Indian journal of veterinary science and animal husbandry - Volume 14,
Year: 1944
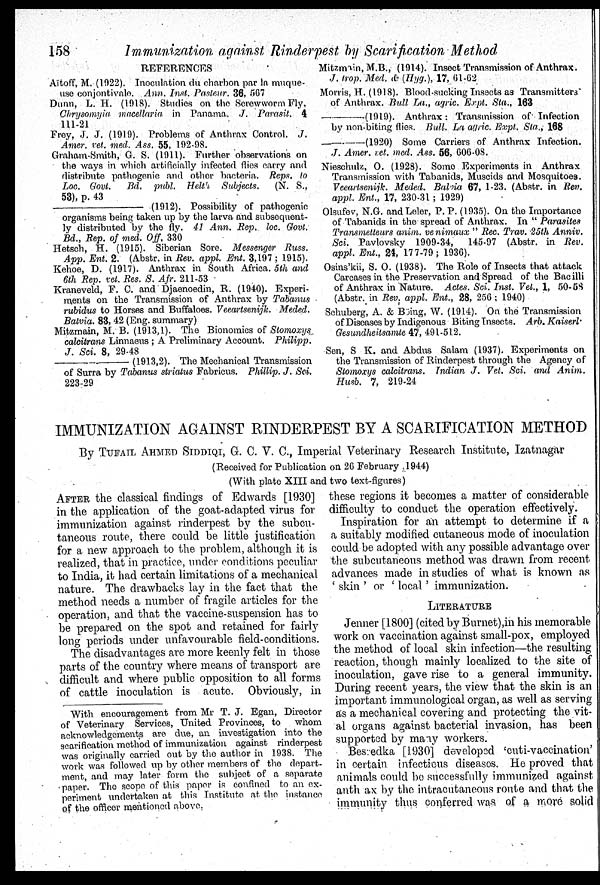
158
Immunization against Rinderpest by Scarification Method
REFERENCES
Aïtoff, M. (1922). Inoculation du charbon par la muque-
use conjontivale. Ann. Inst. Pasteur. 36, 567
Dunn, L. H. (1918). Studies on the Serewworm Fly,
Chrysomyia macellaria in Panama. J. Parasit. 4
111-21
Frey, J. J. (1919). Problems of Anthrax Control. J.
Amer. vet. med. Ass. 55, 192-98.
Graham-Smith, G. S. (1911). Further observations on
the ways in which artificially infected flies carry and
distribute pathogenic and other bacteria. Reps. to
Loc. Govt. Bd. publ. Helt' Subjects. (N. S.,
53), p. 43
——
(1912). Possibility of pathogenic,
organisms being taken up by the larva and subsequent-
ly distributed by the fly. 41 Ann. Rep. loc. Govt.
Bd., Rep. of med. Off, 330
Hetsch, H. (1915). Siberian Sore. Messenger Russ.
App. Ent. 2. (Abstr. in Rev. appl. Ent. 3,197; 1915).
Kehoe, D. (1917). Anthrax in South Africa. 5th and
6th Rep. vet. Res. S. Afr. 211-53
Kraneveld, F. C. and Djaenoedin, R. (1940). Experi-
ments on the Transmission of Anthrax by Tabanus
rubidus to Horses and Buffaloes. Veeartsenijk. Meded.
Batvia. 83, 42 (Eng. summary)
Mitzmain, M. B. (1913,1). The Bionomics of Stomoxys
calcitrans Linnaeus; A Preliminary Account. Philipp.
J. Sci. 8, 29-48
————
(1913,2). The Mechanical Transmission
of Surra by Tabanus striatus Fabricus. Phillip. J. Sci.
223-29
Mitzmain, M.B., (1914). Insect Transmission of Anthrax.
J. trop. Med. & (Hyg.), 17, 61-62
Morris, H. (1918). Blood-sucking Insects as Transmitters
of Anthrax. Bull La., agric. Expt. Sta., 163
———— (1919). Anthrax: Transmission of Infection
by non-biting flies. Bull. La agric. Expt. Sta., 168
———— (1920) Some Carriers of Anthrax Infection.
J. Amer. ret. med. Ass. 56, 606-08.
Nieschulz, O. (1928). Some Experiments in Anthrax
Transmission with Tabanids, Muscids and Mosquitoes.
Veeartsenijk. Meded. Balvia 67, 1-23. (Abstr. in Rev.
appl. Ent., 17, 230-31; 1929)
Olsufev, N.G. and Leler, P.P. (1935). On the Importance
of Tabanids in the spread of Anthrax. In " Parasites
Transmetteurs anim. venimaux " Rec. Trav. 25th Anniv.
Sci. Pavlovsky 1909-34, 145-97 (Abstr. in Rev.
appl. Ent., 24, 177-79; 1936).
Osins'kii, S. O. (1938). The Role of Insects that attack
Carcases in the Preservation and Spread of the Bacilli
of Anthrax in Nature. Actes. Sci. Inst. Vet., 1, 50- 58
(Abstr. in Rev. appl. Ent., 28, 256; 1940)
Schuberg, A. & Böing, W. (1914). On the Transmission
of Diseases by Indigenous Biting Insects. Arb. Kaiserl-
Gesundheitsamte 47, 491-512.
Sen, S K. and Abdus Salam (1937). Experiments on
the Transmission of Rinderpest through the Agency of
Stomoxys calcitrans. Indian J. Vet. Sci. and Anim.
Husb. 7, 219-24
IMMUNIZATION AGAINST RINDERPEST BY A SCARIFICATION METHOD
By TUFAIL AHMED SIDDIQI, G. C. V. C., Imperial Veterinary Research Institute, Izatnagar
(Received for Publication on 26 February 1944)
(With plate XIII and two text-figures)
AFTER the classical findings of Edwards [1930]
in the application of the goat-adapted virus for
immunization against rinderpest by the subcu-
taneous route, there could be little justification
for a new approach to the problem, although it is
realized, that in practice, under conditions peculiar
to India, it had certain limitations of a mechanical
nature. The drawbacks lay in the fact that the
method needs a number of fragile articles for the
operation, and that the vaccine-suspension has to
be prepared on the spot and ret ai ned for fai rl y
l ong peri ods under unfavourabl e field-conditions.
The di sadvant ages are mor e keenl y felt i n t hose
par t
s of t
he count r
y whe r
e me a ns of t
r ans por t ar e
di f f i
cul t a nd whe r
e publ i
c oppos i
t
i
on t
o al l f
or ms
of cat t l e i
nocul at i
on i s acut e. Obvi ous l
y, i
n
these regions it becomes a matter of considerable
difficulty to conduct the operation effectively.
Inspiration for an attempt to determine if a
a suitably modified cutaneous mode of inoculation
could be adopted with any possible advantage over
the subcutaneous method was drawn from recent
advances made in studies of what is known as
'skin' or 'local' immunization.
LITERATURE
Jenner [1800] (cited by Burnet),in his memorable
work on vaccination against small-pox, employed
the method of local skin infection—the resulting
reaction, though mainly localized to the site of
inoculation, gave rise to a general immunity.
During recent years, the view that the skin is an
important immunological organ, as well as serving
as a mechanical covering and protecting the vit-
al organs against bacterial invasion, has been
supported by many workers.
Besredka [1930] developed 'cuti-vaccination'
in certain infectious diseases. He proved that
animals could be successfully immunized against
anth ax by the intracutaneous route and that the
immunity thus conferred was of a more solid
With encouragement from Mr T. J. Egan, Director
of Veterinary Services, United Provinces, to whom
acknowledgements are due, an investigation into the
scarification method of immunization against rinderpest
was originally carried out by the author in 1938. The
work was followed up by other members of the depart-
ment, and may later form the subject of a separate
paper. The scope of this paper is confined to an ex-
periment undertaken at this Institute at the instance
of the officer mentioned above.